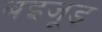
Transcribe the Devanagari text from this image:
बइजूड़